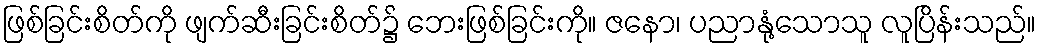
ဖြစ်ခြင်းစိတ်ကို ဖျက်ဆီးခြင်းစိတ်၌ ဘေးဖြစ်ခြင်းကို။ ဇနော၊ ပညာနုံ့သောသူ လူပြိန်းသည်။